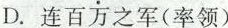
D.连百万之军(率领)